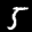
Label: 5